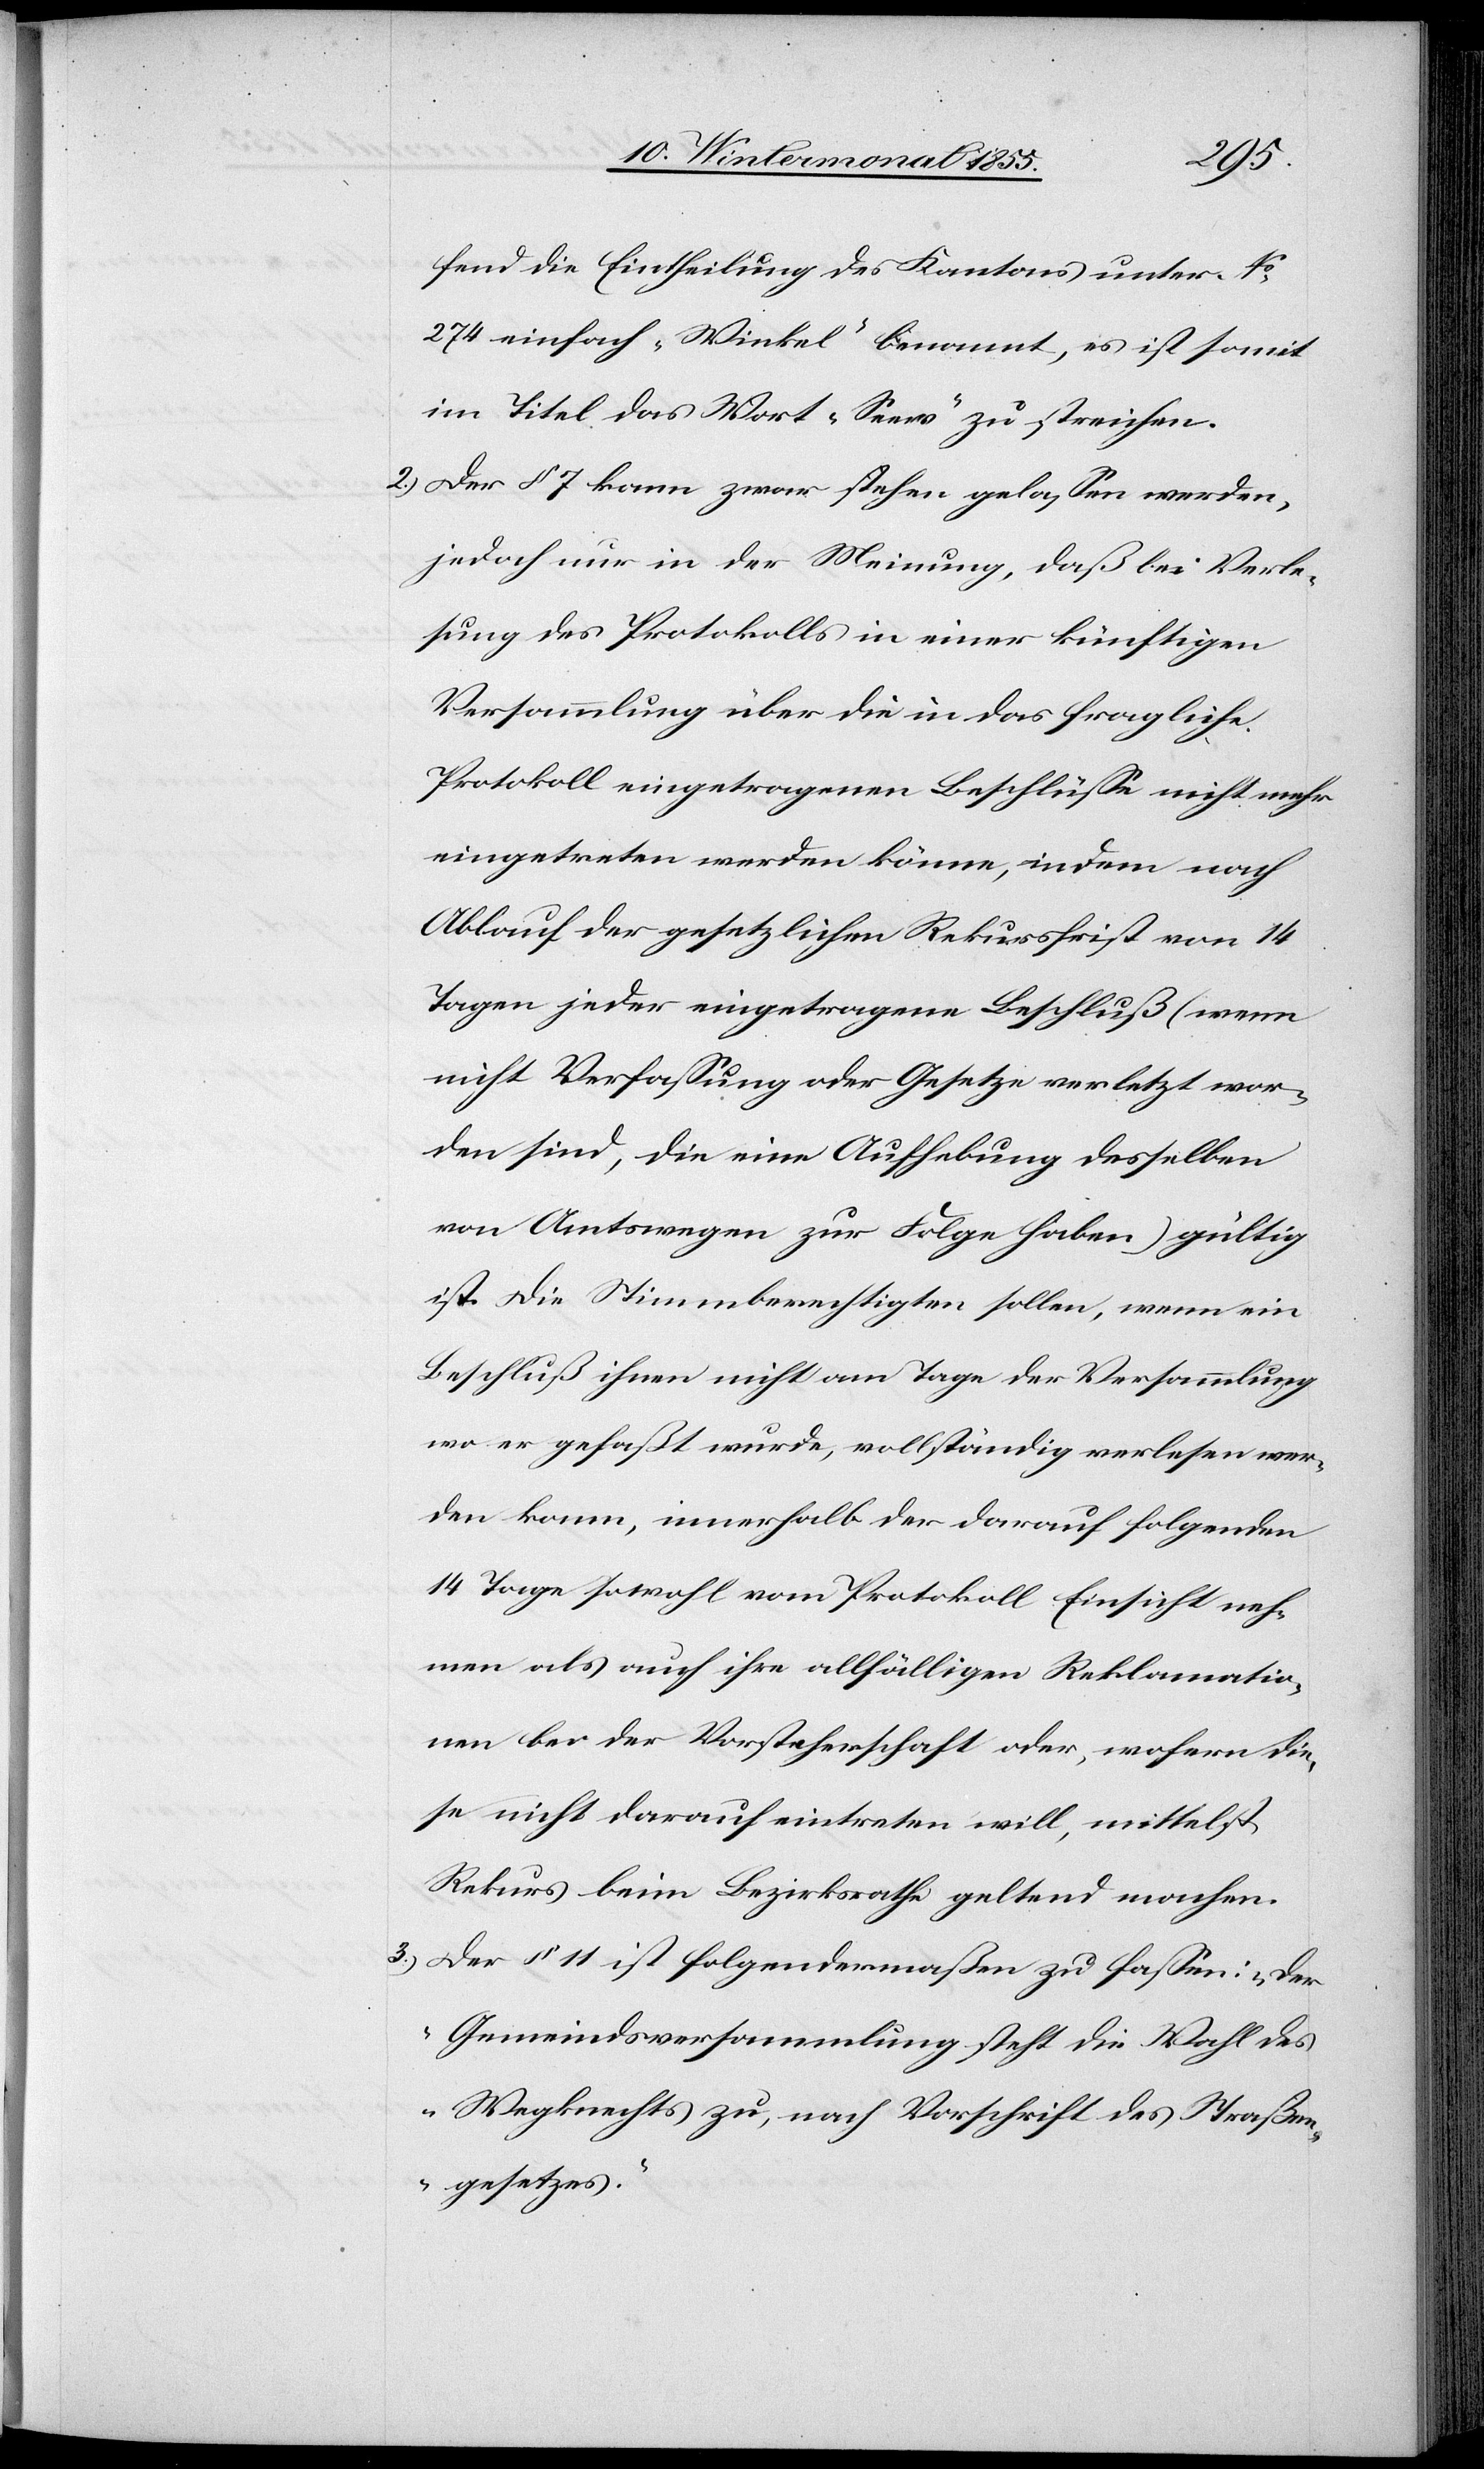
fend die Eintheilung des Kantons unter No.
274 einfach „Winkel“ benannt, es ist somit
im Titel das Wort „Seew“ zu streichen.
Der § 7 kann zwar stehen gelassen werden,
jedoch nur in der Meinung, daß bei Verle¬
sung des Protokolls in einer künftigen
Versammlung über die in das fragliche
Protokoll eingetragenen Beschlüsse nicht mehr
eingetreten werden könne, indem nach
Ablauf der gesetzlichen Rekursfrist von 14
Tagen jeder eingetragene Beschluß (wenn
nicht Verfassung oder Gesetze verletzt wor¬
den sind, die eine Aufhebung desselben
von Amtswegen zur Folge haben) gültig
ist. Die Stimmberechtigten sollen, wenn ein
Beschluß ihnen nicht am Tage der Versammlung
wo er gefaßt wurde, vollständig verlesen wer¬
den kann, innerhalb der darauf folgenden
14 Tage sowohl vom Protokoll Einsicht neh¬
men als auch ihre allfälligen Reklamatio¬
nen bei der Vorsteherschaft oder, wofern die¬
se nicht darauf eintreten will, mittelst
Rekurs beim Bezirksrathe geltend machen.
Der § 11 ist folgendermaßen zu fassen: „Der
Gemeindsversammlung steht die Wahl des
Wegknechts zu, nach Vorschrift des Straßen¬
gesetzes.“